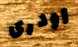
اودرى